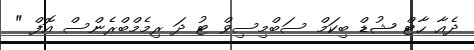
ދެއާ ހާޓް ޝުޑް ބިކަމް ސަބްމިސިވް ޓު ދަ ރިމެމްބްރެންސް އޮފް "